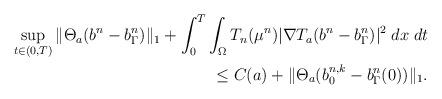
LaTeX: \begin{align*}\sup_{t\in (0,T)} \|\Theta_a (b^n-b_{\Gamma}^n)\|_1 + \int_0^T \int_{\Omega} T_n(\mu^n) |\nabla T_a (b^n-b_{\Gamma}^n)|^2\; dx \; dt\\\le C(a) + \|\Theta_a (b^{n,k}_0-b_{\Gamma}^n(0))\|_1. \end{align*}